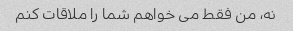
نه، من فقط می خواهم شما را ملاقات کنم